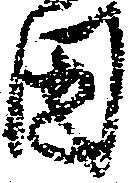
固